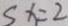
S x = 2